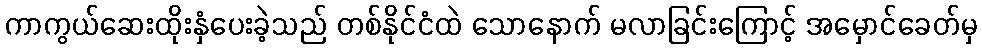
ကာကွယ်ဆေးထိုးနှံပေးခဲ့သည် တစ်နိုင်ငံထဲ သောနောက် မလာခြင်းကြောင့် အမှောင်ခေတ်မှ